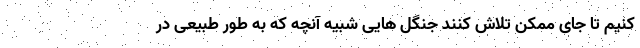
کنیم تا جای ممکن تلاش کنند جنگل هایی شبیه آنچه که به طور طبیعی در